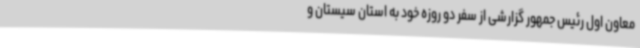
معاون اول رئیس جمهور گزارشی از سفر دو روزه خود به استان سیستان و